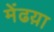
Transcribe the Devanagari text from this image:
मेंढय़ा